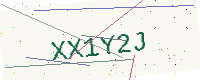
Text: XX1Y2J